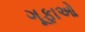
ગૂફાઓ